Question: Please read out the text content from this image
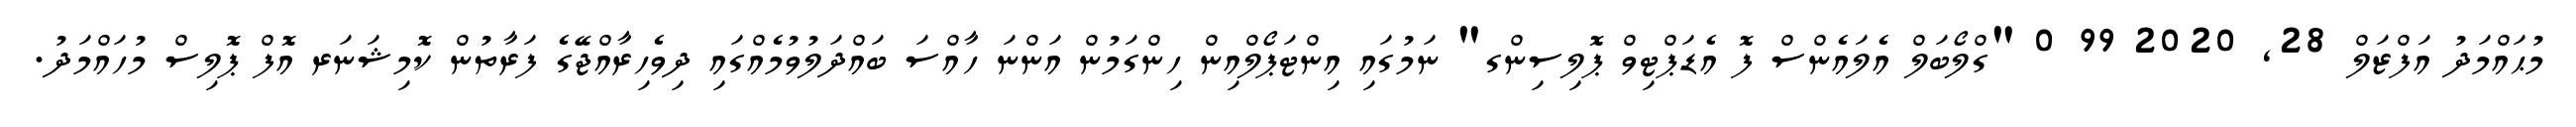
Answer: މުޙައްމަދު އަފްޒަލް 28, 2020 99 0 "ގްލޯބަލް އެލައެންސް ފޮ އެޑަޕްޓިވް ޕޮލިސިންގ" ނަމުގައި އިންޓަޕޯލްއިން ހިންގަމުން އަންނަ ހާއްސަ ބައްދަލުވުމެއްގައި ދިވެހިރާއްޖޭގެ ފަރާތުން ކޮމިޝަނަރ އޮފް ޕޮލިސް މުހައްމަދު.